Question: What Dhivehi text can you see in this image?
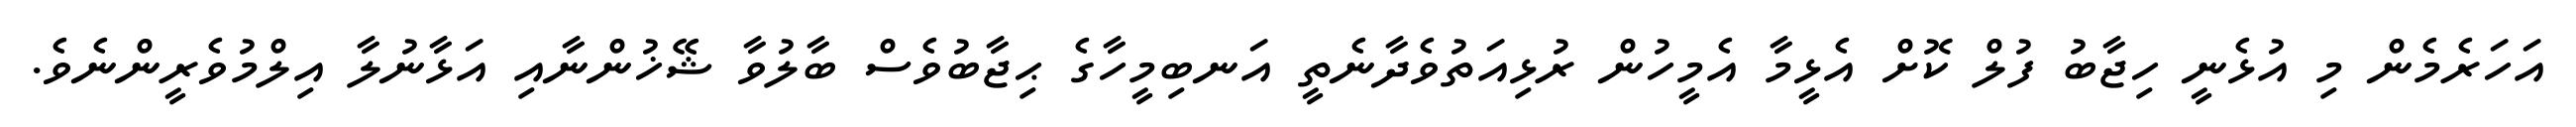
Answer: އަހަރެމެން މި އުޅެނީ ހިޖާބު ފުލް ކޮށް އެޅީމާ އެމީހުން ރުޅިއަތުވެދާނެތީ އަނބިމީހާގެ ޙިޖާބުވެސް ބާލުވާ ޝޭޚުންނާއި އަޅާނުލާ އިލްމުވެރީންނެވެ.